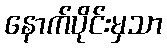
နောက်ပိုင်းမှသာ